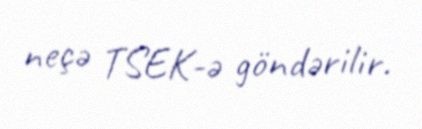
neçə TSEK-ə göndərilir.